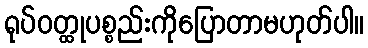
ရုပ်ဝတ္ထုပစ္စည်းကိုပြောတာမဟုတ်ပါ။